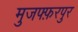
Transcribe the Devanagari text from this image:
मुजफ्फ़रपुर